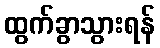
ထွက်ခွာသွားရန်